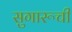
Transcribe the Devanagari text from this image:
सुगारूची